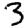
Digit: 3